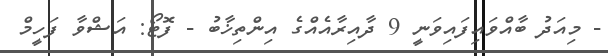
- މިއަދު ބާއްވައިފައިވަނީ 9 ދާއިރާއެއްގެ އިންތިޚާބު - ފޮޓޯ: އަޝްވާ ފަހީމް